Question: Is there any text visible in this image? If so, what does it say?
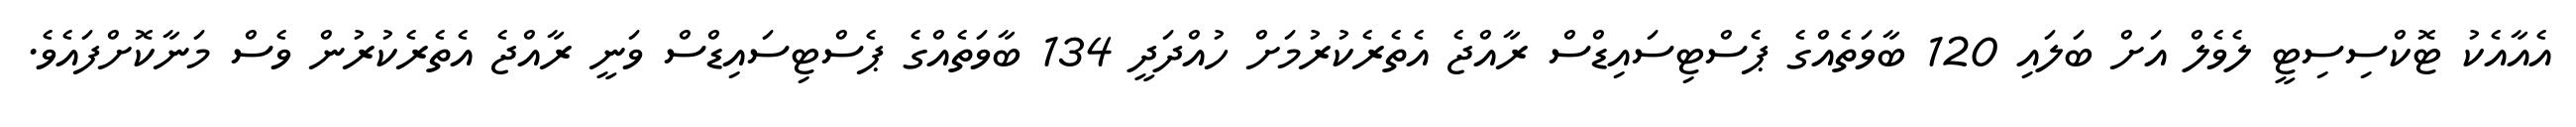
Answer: އެއާއެކު ޓޮކްސިސިޓީ ލެވެލް އަށް ބަލައި 120 ބާވަތެއްގެ ޕެސްޓިސައިޑްސް ރާއްޖެ އެތެރެކުރުމަށް ހުއްދަދީ 134 ބާވަތެއްގެ ޕެސްޓިސައިޑްސް ވަނީ ރާއްޖެ އެތެރެކުރުން ވެސް މަނާކޮށްފައެވެ.